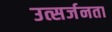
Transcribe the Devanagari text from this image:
उत्सर्जनता